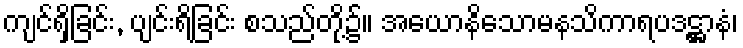
ကျင်ရှိခြင်း, ပျင်းရိခြင်း စသည်တို့၌။ အယောနိသောမနသိကာရပဒဋ္ဌာနံ၊